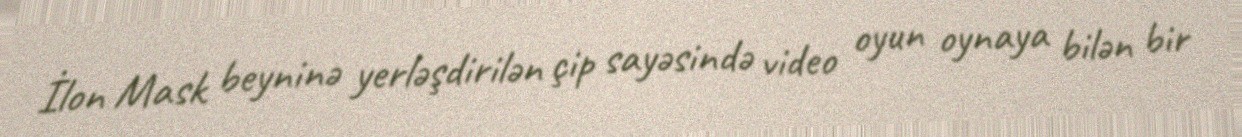
İlon Mask beyninə yerləşdirilən çip sayəsində video oyun oynaya bilən bir